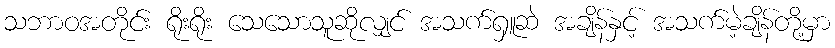
သဘာဝအတိုင်း ရိုးရိုး သေသောသူဆိုလျှင် အသက်ရှူဆဲ အချိန်နှင့် အသက်မဲ့ချိန်တို့မှာ